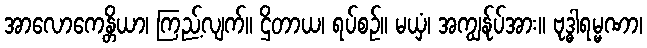
အာလောကေန္တိယာ၊ ကြည့်လျက်။ ဌိတာယ၊ ရပ်စဉ်။ မယှံ၊ အကျွန်ုပ်အား။ ဗုဒ္ဓါရမ္မဏာ၊